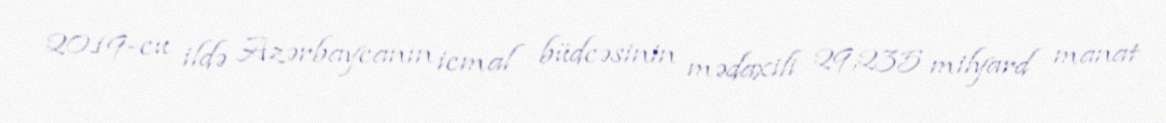
2019-cu ildə Azərbaycanın icmal büdcəsinin mədaxili 29,235 milyard manat